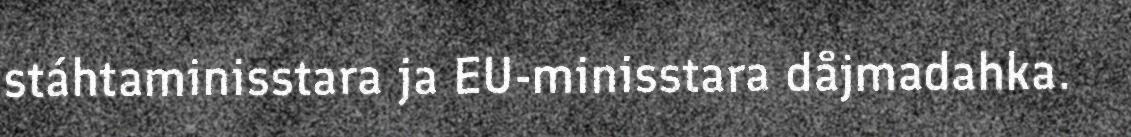
stáhtaminisstara ja EU-minisstara dåjmadahka.